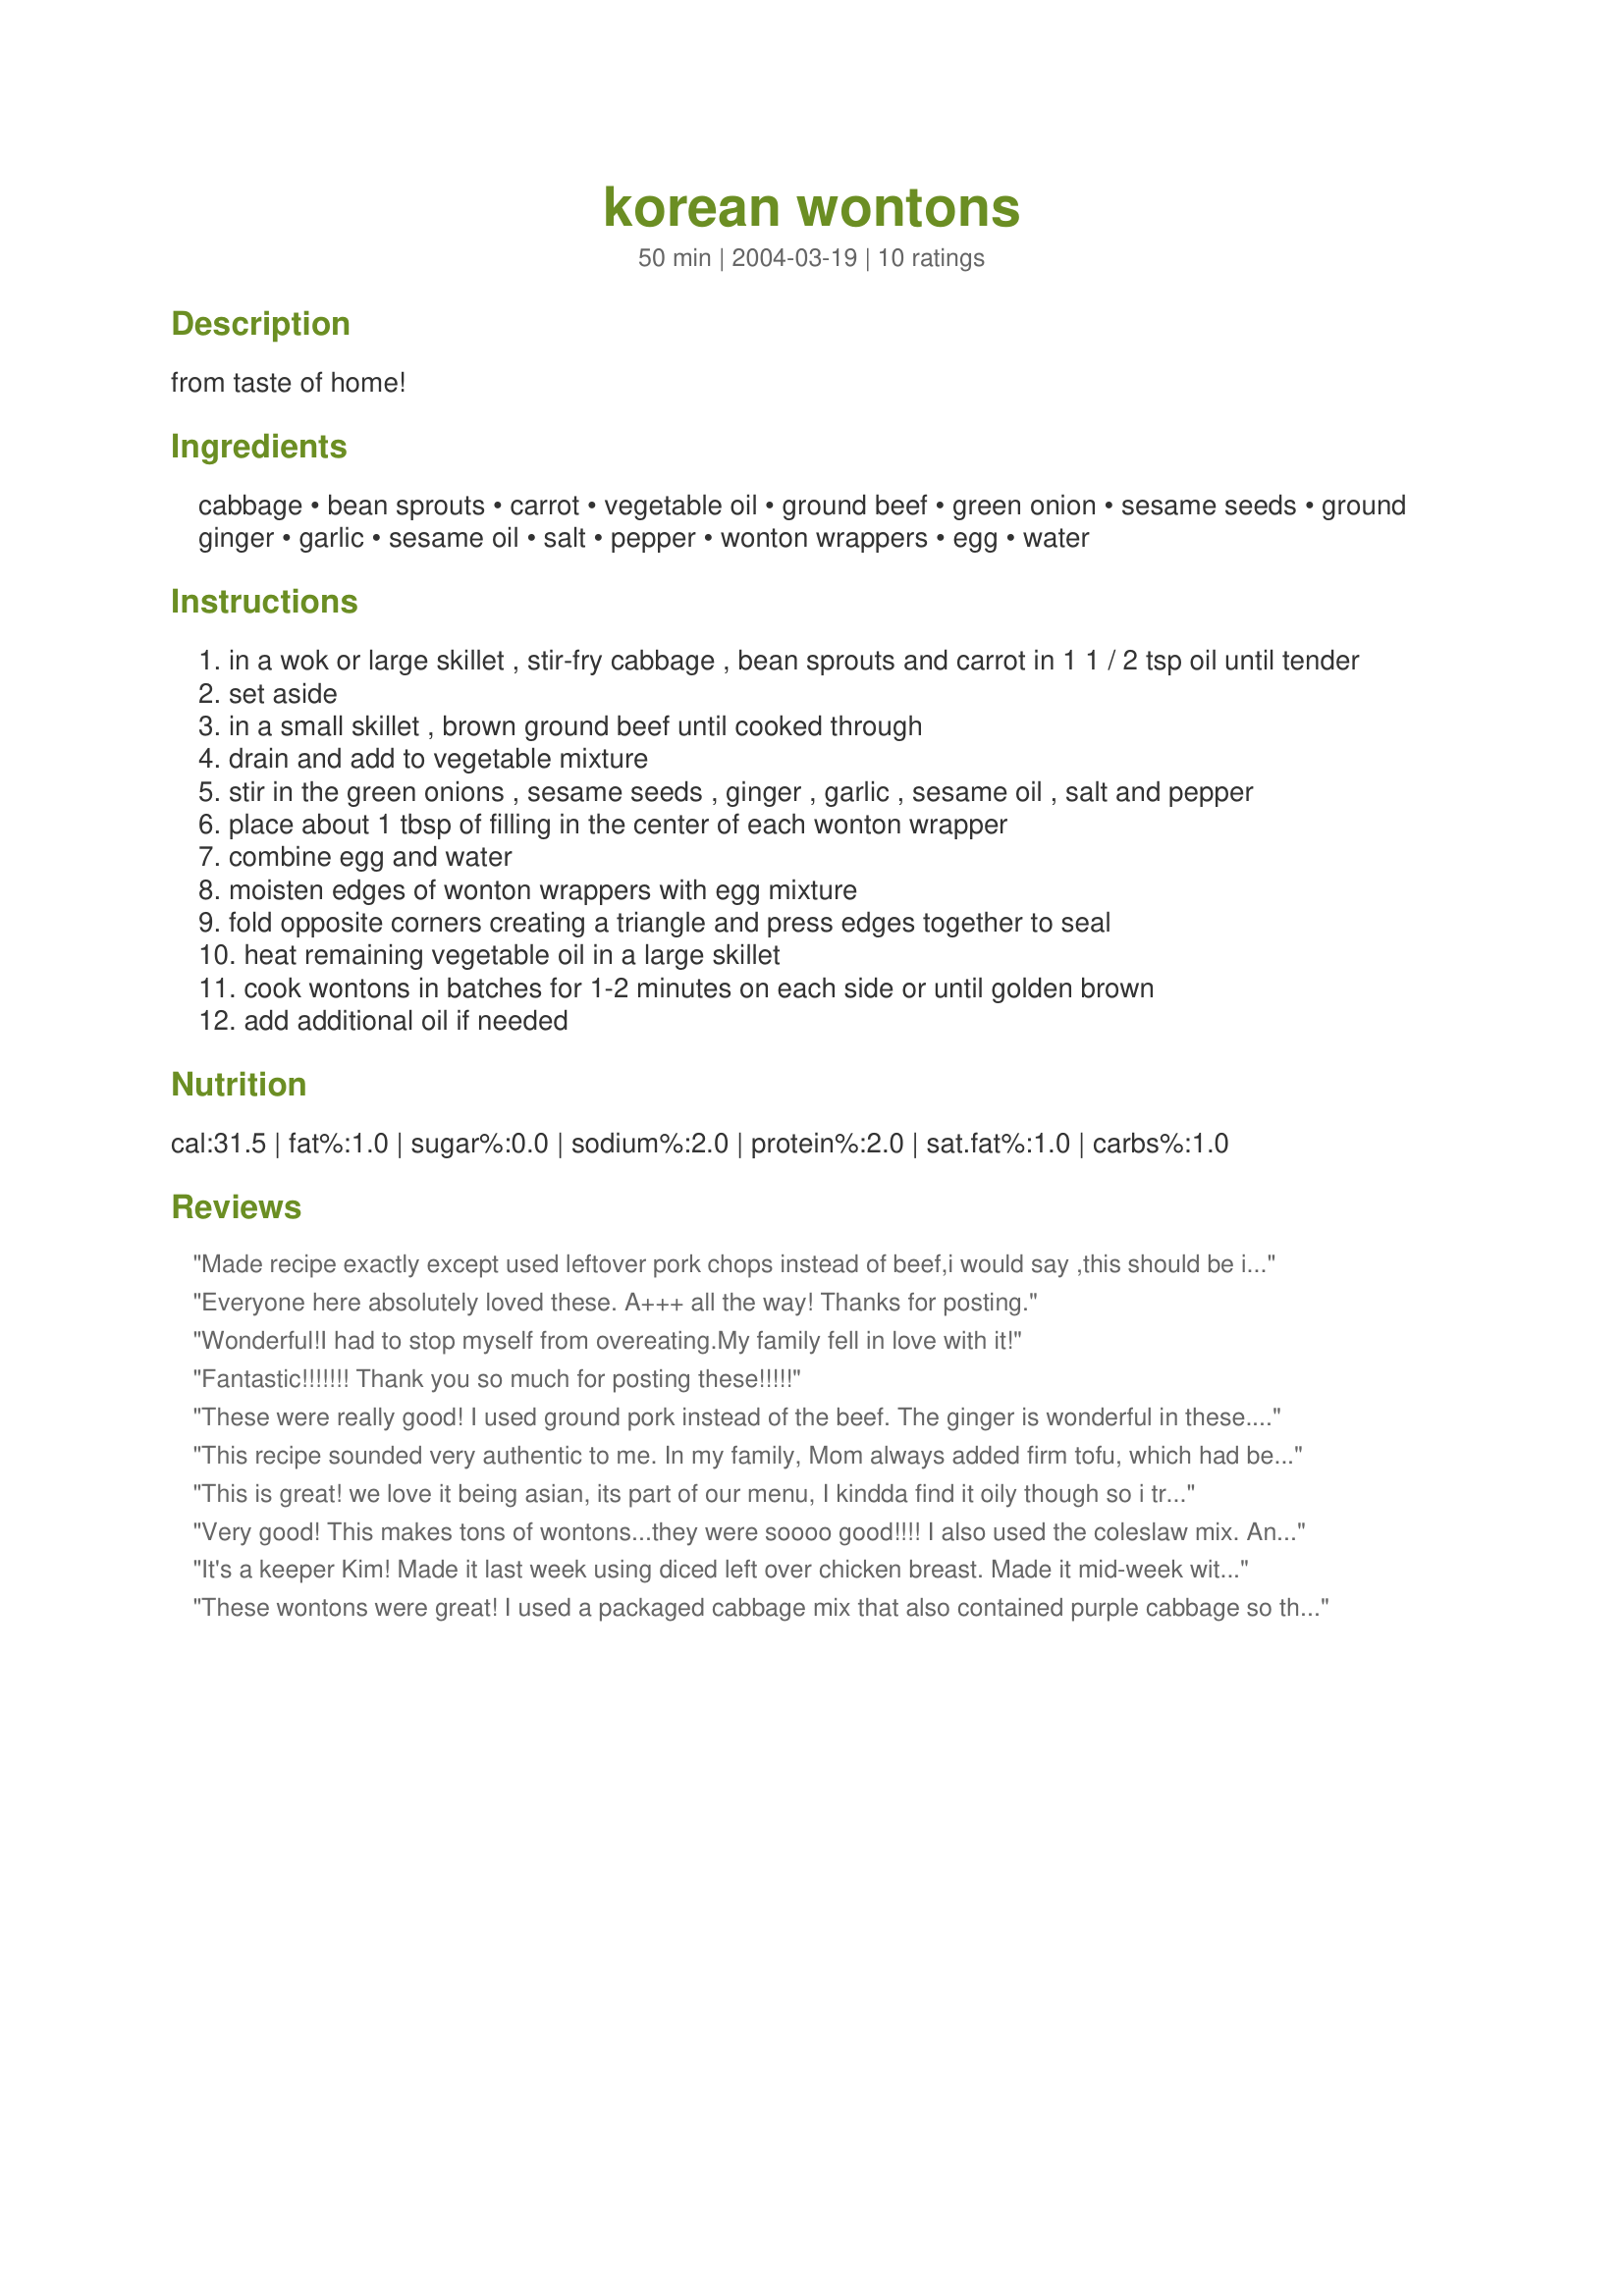
korean wontons
Preparation time: 50 minutes

from taste of home!

Ingredients:
cabbage, bean sprouts, carrot, vegetable oil, ground beef, green onion, sesame seeds, ground ginger, garlic, sesame oil, salt, pepper, wonton wrappers, egg, water

Steps:
in a wok or large skillet , stir-fry cabbage , bean sprouts and carrot in 1 1 / 2 tsp oil until tender
set aside
in a small skillet , brown ground beef until cooked through
drain and add to vegetable mixture
stir in the green onions , sesame seeds , ginger , garlic , sesame oil , salt and pepper
place about 1 tbsp of filling in the center of each wonton wrapper
combine egg and water
moisten edges of wonton wrappers with egg mixture
fold opposite corners creating a triangle and press edges together to seal
heat remaining vegetable oil in a large skillet
cook wontons in batches for 1-2 minutes on each side or until golden brown
add additional oil if needed

Reviews:
Made recipe exactly except used leftover pork chops instead of beef,i would say ,this should be in a book on "how to do wontons".It is by far the perfect wonton recipe.
Everyone here absolutely loved these. A+++ all the way! Thanks for posting.
Wonderful!I had to stop myself from overeating.My family fell in love with it!
Fantastic!!!!!!! Thank you so much for posting these!!!!!
These were really good! I used ground pork instead of the beef. The ginger is wonderful in these. I also used a little more oil while pan frying these because if I didn't they did not evenly brown. (It could be because my skillet was very large).
This recipe sounded very authentic to me. In my family, Mom always added firm tofu, which had been draining in a colander for around 30 minutes to an hour, and bean thread noodles soaked in hot water for half an hour. Crush the tofu in the recipe and chop those softened noodles until they are about 2 inches long and add to the pan to cook and soften further. 
 
I had a craving for Korean potstickers and this recipe hit the spot. My daughter and niece just loved them too.
This is great! we love it being asian, its part of our menu, I kindda find it oily though so i tried cooking it on a non stick pan and just sprayed cooking oil the second time i cooked it. Over all my kids say this deserves a 5 star rating still!
Very good! This makes tons of wontons...they were soooo good!!!! I also used the coleslaw mix. And I combined steps by browning beef and then adding the vegies and cooked till done.
It's a keeper Kim! Made it last week using diced left over chicken breast. Made it mid-week with ground beef (my favourite) and yesterday with ground pork...hummm maybe that was my favourite. LOL The only wonton wraps in the store were stale dated so I went with the eggroll wraps. First time in triangles, second & third time egg roll shaped. I found the later easier to brown. Only other variable was that I used fresh bean sprouts. Keep them coming Kim!
These wontons were great! I used a packaged cabbage mix that also contained purple cabbage so the end result was a very colorful filling. I used about 1/2 the sesame oil called for, out of personal preference, and I used fresh ginger rather than dried. I liked that they were not deep-fried, though you do need to add oil for each batch of wontons that you cook. Thanks Kim, good recipe!
